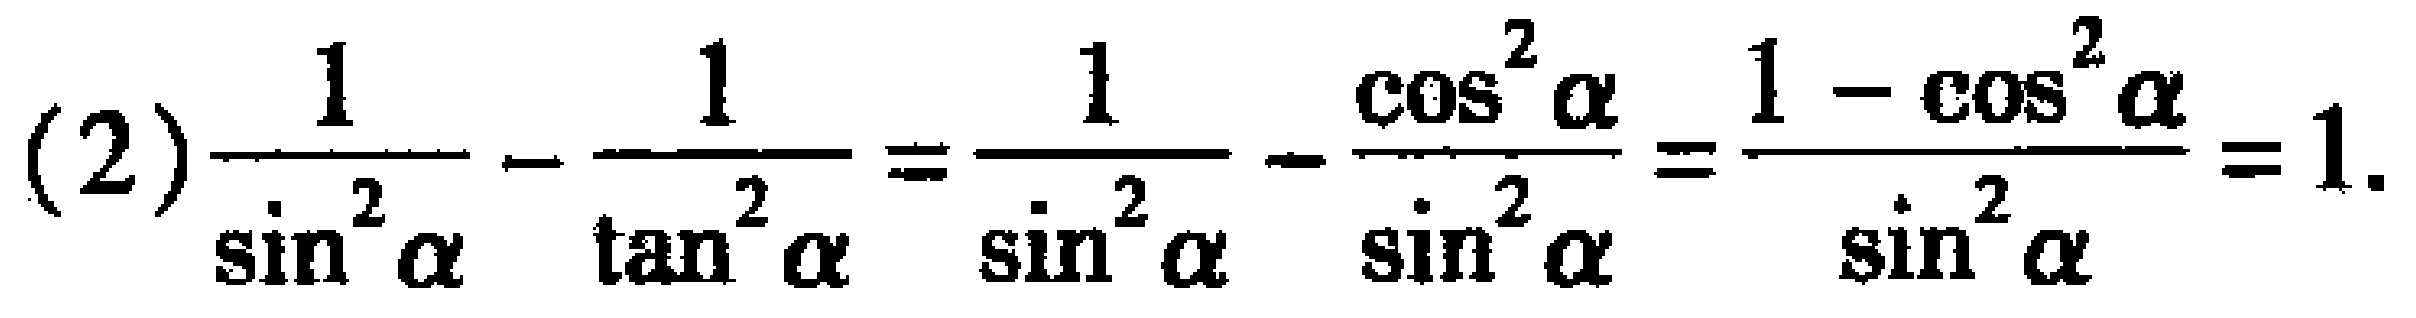
(2)$\frac{1}{\sin^{2}\alpha}-\frac{1}{\tan^{2}\alpha}=\frac{1}{\sin^{2}\alpha}-\frac{\cos^{2}\alpha}{\sin^{2}\alpha}=\frac{1 - \cos^{2}\alpha}{\sin^{2}\alpha}=1$.